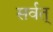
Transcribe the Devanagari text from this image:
सर्वत्